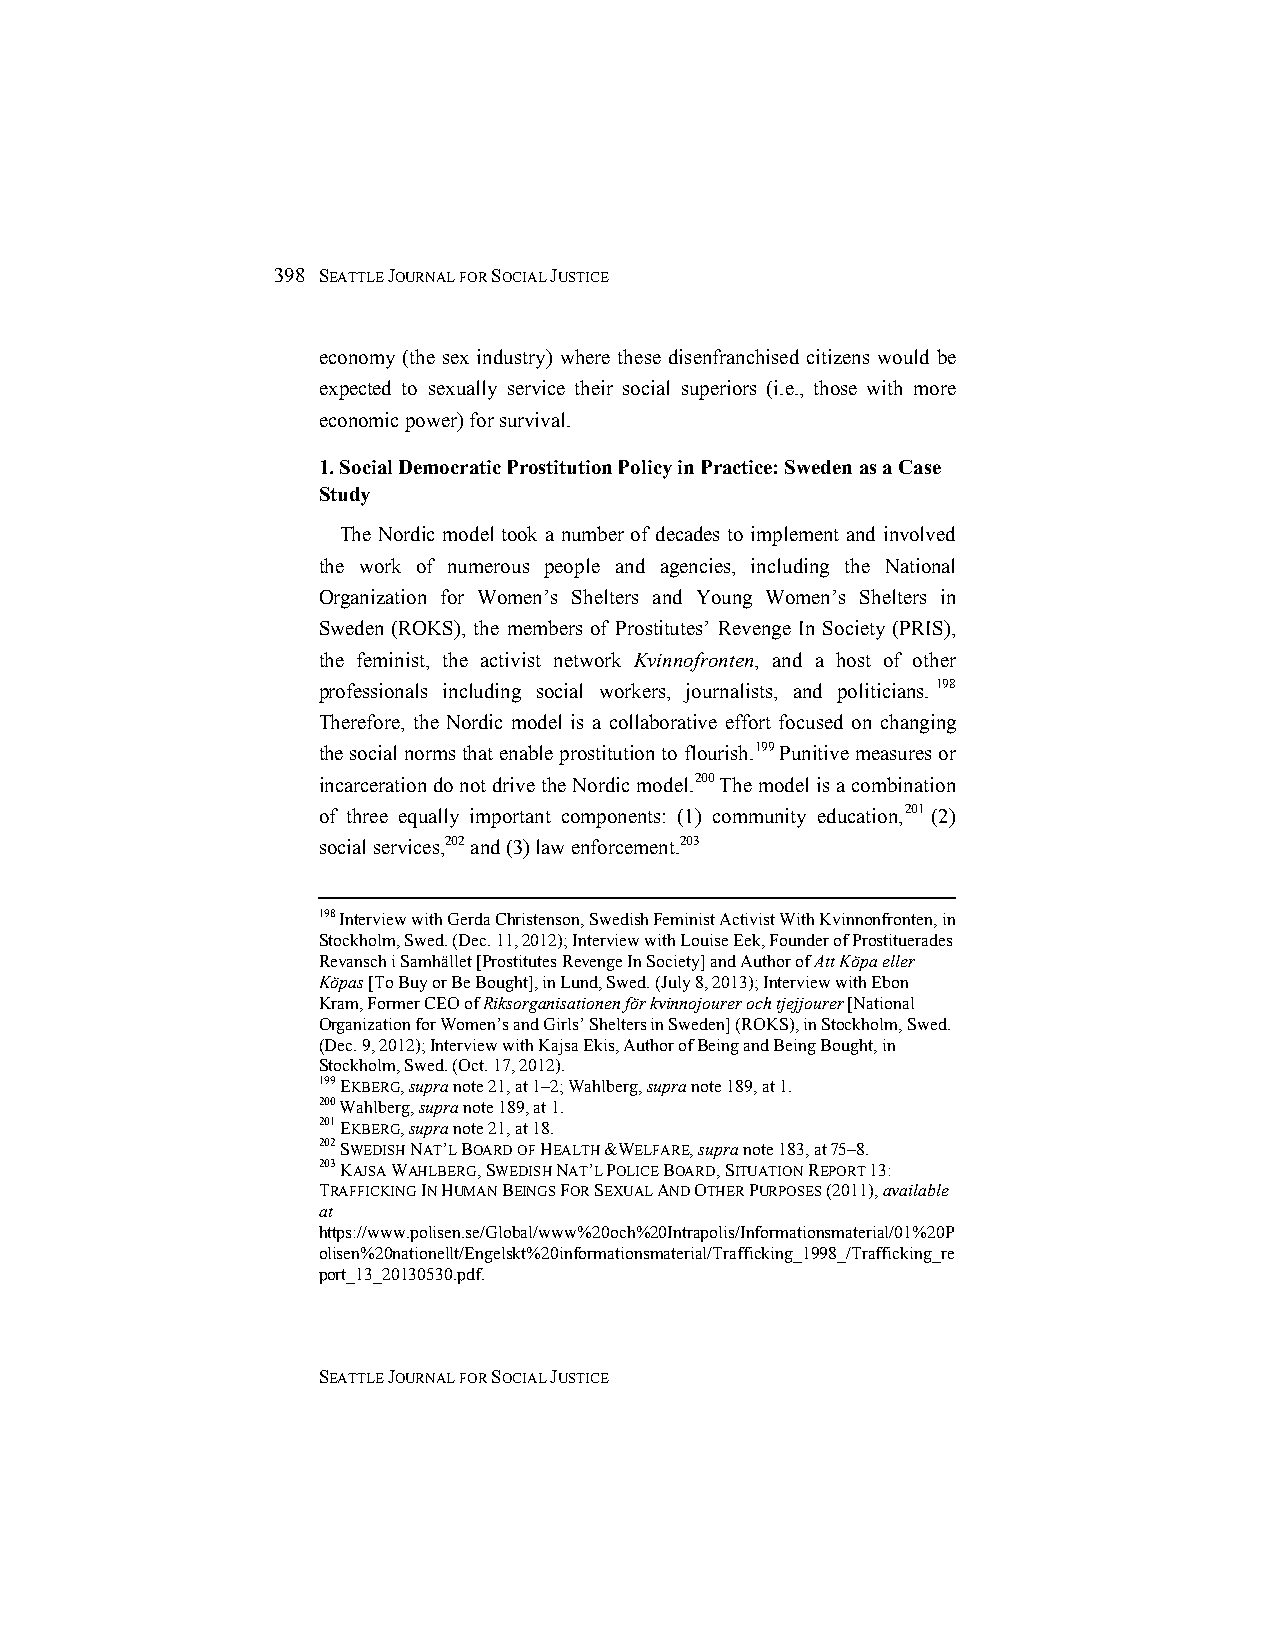
398 SEATTLE JOURNAL FOR SOCIAL JUSTICE
 economy (the sex industry) where these disenfranchised citizens would be
 expected to sexually service their social superiors (i.e., those with more
 economic power) for survival.
 1. Social Democratic Prostitution Policy in Practice: Sweden as a Case
 Study
 The Nordic model took a number of decades to implement and involved
 the work of numerous people and agencies, including the National
 Organization for Women’s Shelters and Young Women’s Shelters in
 Sweden (ROKS), the members of Prostitutes’ Revenge In Society (PRIS),
 the feminist, the activist network Kvinnofronten, and a host of other
 professionals including social workers, journalists, and politicians. 198
 Therefore, the Nordic model is a collaborative effort focused on changing
 the social norms that enable prostitution to flourish.199 Punitive measures or
 incarceration do not drive the Nordic model.200 The model is a combination
 of three equally important components: (1) community education,201 (2)
 social services,202 and (3) law enforcement.203
 198 Interview with Gerda Christenson, Swedish Feminist Activist With Kvinnonfronten, in
 Stockholm, Swed. (Dec. 11, 2012); Interview with Louise Eek, Founder of Prostituerades
 Revansch i Samhället [Prostitutes Revenge In Society] and Author of Att Köpa eller
 Köpas [To Buy or Be Bought], in Lund, Swed. (July 8, 2013); Interview with Ebon
 Kram, Former CEO of Riksorganisationen för kvinnojourer och tjejjourer [National
 Organization for Women’s and Girls’ Shelters in Sweden] (ROKS), in Stockholm, Swed.
 (Dec. 9, 2012); Interview with Kajsa Ekis, Author of Being and Being Bought, in
 Stockholm, Swed. (Oct. 17, 2012).
 199 EKBERG, supra note 21, at 1–2; Wahlberg, supra note 189, at 1.
 200 Wahlberg, supra note 189, at 1.
 201 EKBERG, supra note 21, at 18.
 202 SWEDISH NAT’L BOARD OF HEALTH &WELFARE, supra note 183, at 75–8.
 203 KAJSA WAHLBERG, SWEDISH NAT’L POLICE BOARD, SITUATION REPORT 13:
 TRAFFICKING IN HUMAN BEINGS FOR SEXUAL AND OTHER PURPOSES (2011), available
 at
 https://www.polisen.se/Global/www%20och%20Intrapolis/Informationsmaterial/01%20P
 olisen%20nationellt/Engelskt%20informationsmaterial/Trafficking_1998_/Trafficking_re
 port_13_20130530.pdf.
 SEATTLE JOURNAL FOR SOCIAL JUSTICE